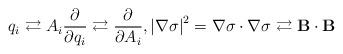
LaTeX: \begin{align*}q_{i}\rightleftarrows A_{i}\frac{\partial }{\partial q_{i}}\rightleftarrows \frac{\partial }{\partial A_{i}},\left\vert \nabla\sigma \right\vert ^{2}=\nabla \sigma \cdot \nabla \sigma \rightleftarrows \mathbf{B}\cdot \mathbf{B} \end{align*}